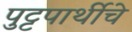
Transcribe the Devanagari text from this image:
पुट्टपार्थीचे